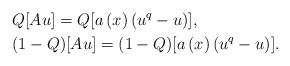
LaTeX: \begin{align*}& Q[Au]=Q[a\left( x\right) \left( u^{q}-u\right) ],\\& (1-Q)[Au]=(1-Q)[a\left( x\right) \left( u^{q}-u\right) ].\end{align*}